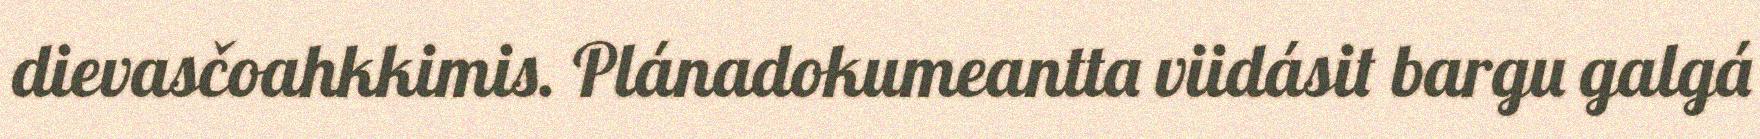
dievasčoahkkimis. Plánadokumeantta viidásit bargu galgá